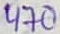
Text: 470